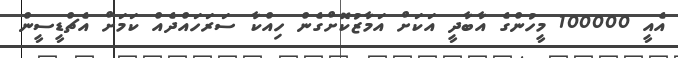
އެއީ 100000 މީހުންގެ އާބާދީ އަކަށް އަމާޒުކޮށްގެން ހިއްކާ ސަރަހައްދެއް ކަމަށް އެޗްޑީސީން